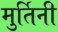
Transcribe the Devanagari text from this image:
मुर्तिनी